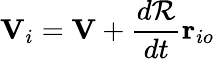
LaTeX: \mathbf{V}_{i}=\mathbf{V}+{\frac{d{\mathcal{R}}}{dt}}\mathbf{r}_{io}